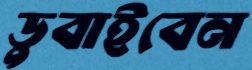
ডুবাইবেন